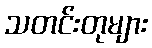
သတင်းတုများ